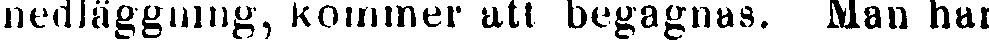
nedläggning, kominer att begagnas. Man har